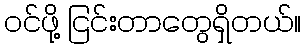
ဝင်ဖို့ ငြင်းတာတွေရှိတယ်။